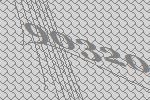
90320